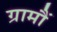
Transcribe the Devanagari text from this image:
ग्रामौं